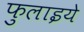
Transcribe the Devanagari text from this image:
फुलाइये